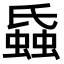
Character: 𧎪